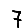
Digit: 7